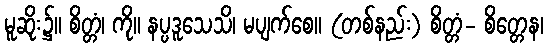
မူဆိုး၌။ စိတ္တံ၊ ကို။ နပ္ပဒူသေသိ၊ မပျက်စေ။ (တစ်နည်း) စိတ္တံ- စိတ္တေန၊